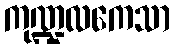
ကုဏ္ဍလကေသာ